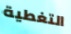
التغطية